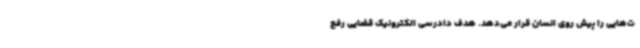
ت‌هایی را پیش روی انسان قرار می‌دهد. هدف دادرسی الکترونیک قضایی رفع